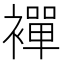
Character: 襌